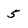
Character: 5